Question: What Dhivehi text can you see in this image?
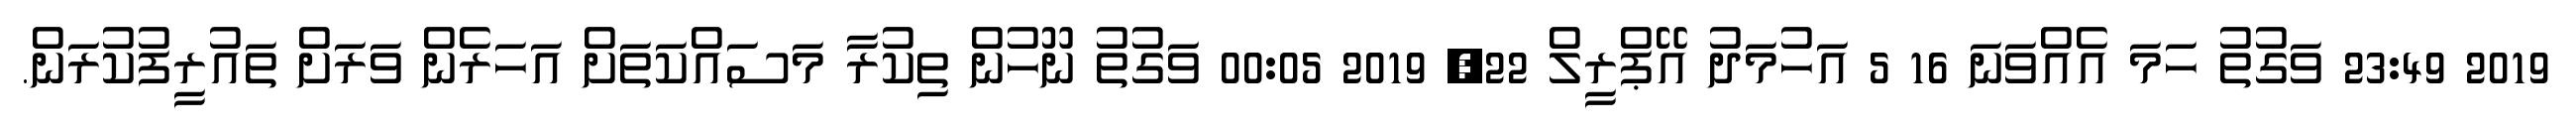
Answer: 2019 23:49 ވަގުތު ހަމަ އެއްވަނަ 16 5 އަހުމަދު އޭޕްރީލް 22, 2019 00:05 ވަގުތު ނޫހުން ތިކުރާ މަސައްކަތަށް އަހަރެން ވަރަށް ތައުރީފުކުރަން.